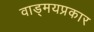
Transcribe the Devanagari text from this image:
वाड्मयप्रकार